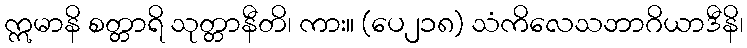
ဣမာနိ စတ္တာရိ သုတ္တာနီတိ၊ ကား။ (ပေ၂၁၈) သံကိလေသဘာဂိယာဒီနိ၊